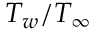
T _ { w } / T _ { \infty }